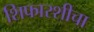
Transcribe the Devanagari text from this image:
शिफारशीचा